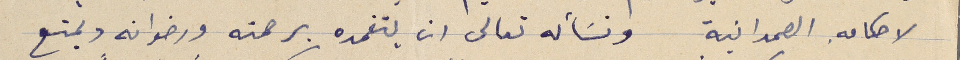
لاحكامهِ الصمدانية ونسَأله تعالى ان يتغمده برحمته ورضوانه ويمتع